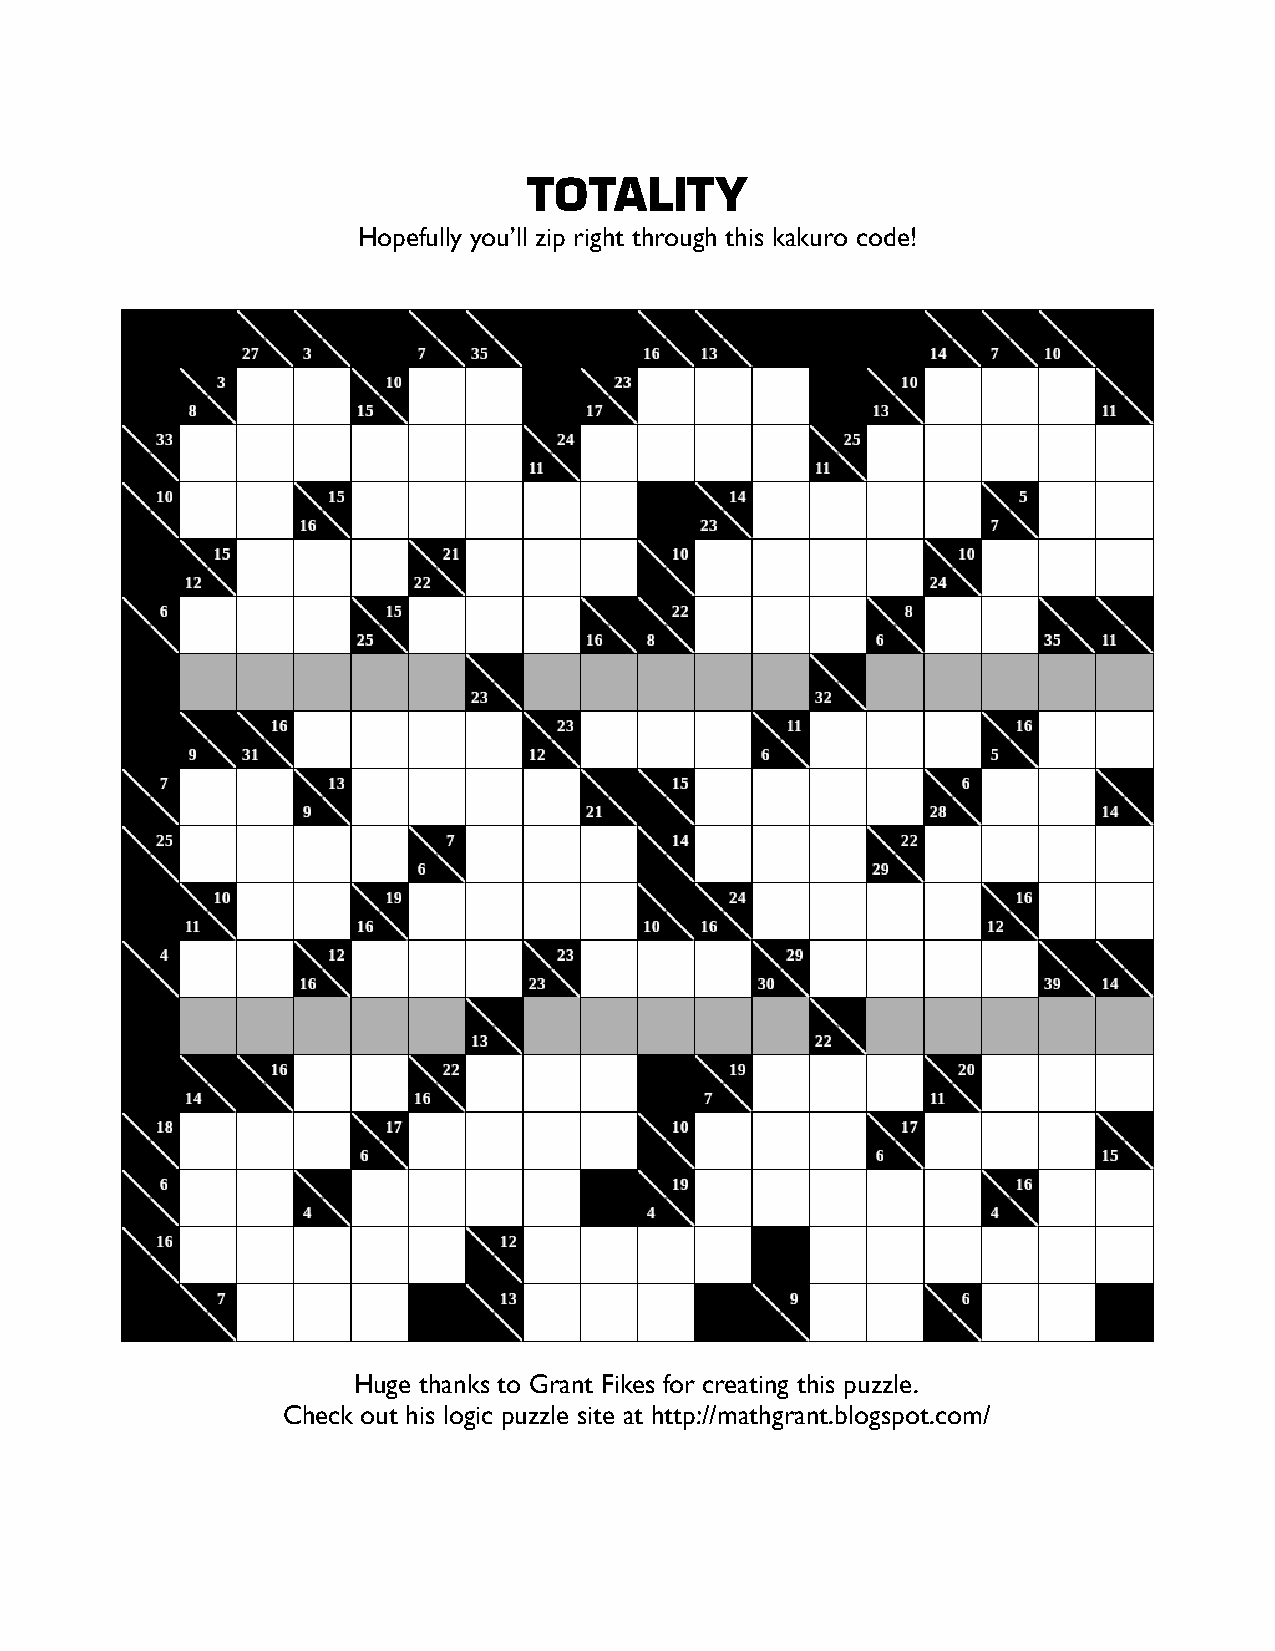
TOTALITY
 Hopefully you’ll zip right through this kakuro code!
 Huge thanks to Grant Fikes for creating this puzzle.
 Check out his logic puzzle site at http://mathgrant.blogspot.com/